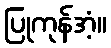
ပြုကုန်အံ့။